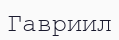
Гавриил